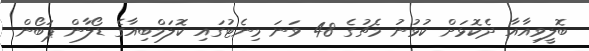
ބޮލީވިއާއާ ދެކޮޅަށް ކުޅުނު މެޗުގެ 48 ވަނަ މިނެޓުގައި ކޮލަމްބިއާގެ ޑޯލާން ޕަބޯން